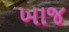
ખાજ